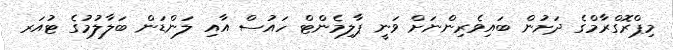
މިޕްރޮގްރާމްގެ ދަށުން ބައިވެރިންނަށް ވަނީ ޕާލިމެންޓް ހައުސް އާއި ލަންޑަން ބަލާލުމުގެ ޓުއަރ